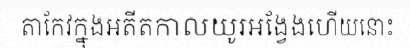
តាកែវក្នុងអតីតកាលយូរអង្វែងហើយនោះ